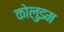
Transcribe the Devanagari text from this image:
कोलुइम